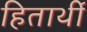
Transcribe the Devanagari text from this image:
हितार्थी